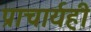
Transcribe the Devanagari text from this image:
प्राचार्यही